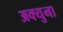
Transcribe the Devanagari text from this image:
अक्युना